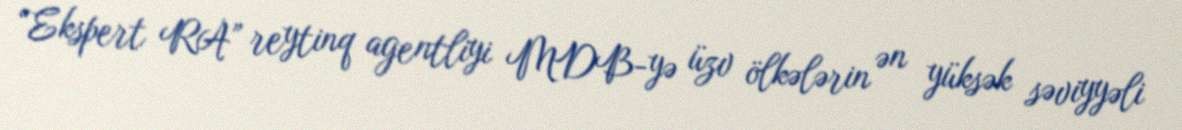
“Ekspert RA” reytinq agentliyi MDB-yə üzv ölkələrin ən yüksək səviyyəli